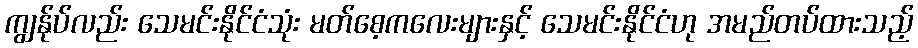
ကျွန်ုပ်လည်း သေမင်းနိုင်ငံသုံး မတ်စေ့ကလေးများနှင့် သေမင်းနိုင်ငံဟု အမည်တပ်ထားသည့်